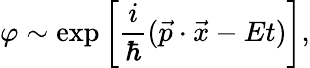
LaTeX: \varphi\sim\exp\left[\frac{i}{\hbar}(\vec{p}\cdot\vec{x}-Et)\right],